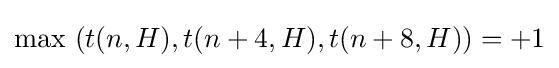
\max \ (t(n,H),t(n+4,H),t(n+8,H))=+1